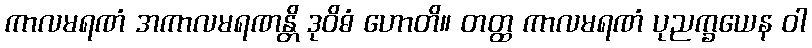
ကာလမရဏံ အကာလမရဏန္တိ ဒုဝိဓံ ဟောတိ။ တတ္ထ ကာလမရဏံ ပုညက္ခယေန ဝါ